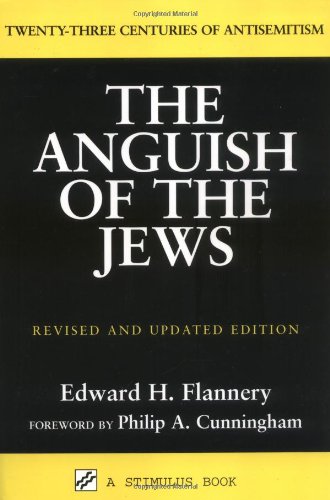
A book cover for The Anguish of the Jews: Twenty-Three Centuries of Antisemitism (Stimulus Books); Edward Flannery; Religion & Spirituality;